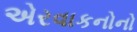
એરવાકનોનો